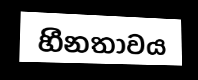
හීනතාවය